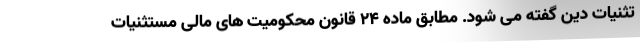
تثنیات دین گفته می شود. مطابق ماده ۲۴ قانون محکومیت های مالی مستثنیات